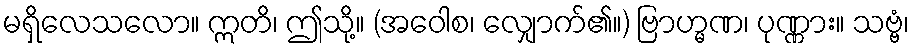
မရှိလေသလော။ ဣတိ၊ ဤသို့။ (အဝေါစ၊ လျှောက်၏။) ဗြာဟ္မဏ၊ ပုဏ္ဏား။ သဗ္ဗံ၊